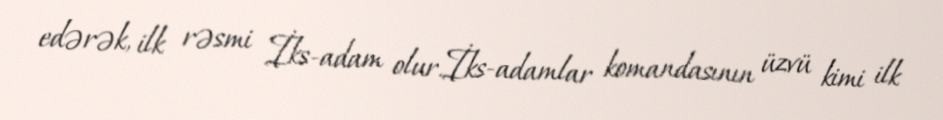
edərək, ilk rəsmi İks-adam olur.İks-adamlar komandasının üzvü kimi ilk